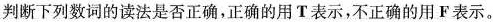
判断下列数词的读法是否正确，正确的用T表示，不正确的用F表示。